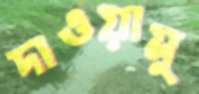
দাওয়ামু